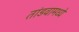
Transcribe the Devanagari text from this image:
तांडवामध्ये